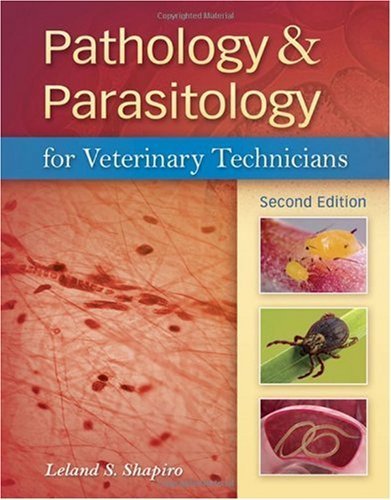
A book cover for By Leland S. Shapiro: Pathology & Parasitology for Veterinary Technicians Second (2nd) Edition; -Delmar Cengage Learning-; Medical Books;